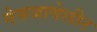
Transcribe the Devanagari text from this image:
नेसजावेलीर